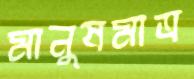
মানুষমাত্র